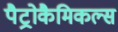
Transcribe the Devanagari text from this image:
पैट्रोकैमिकल्स